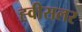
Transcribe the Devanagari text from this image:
ह्वीसलर